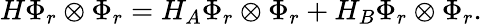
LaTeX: H\Phi_{r}\otimes\Phi_{r}=H_{A}\Phi_{r}\otimes\Phi_{r}+H_{B}\Phi_{r}\otimes\Phi_{r}.